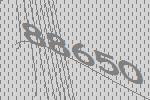
88650